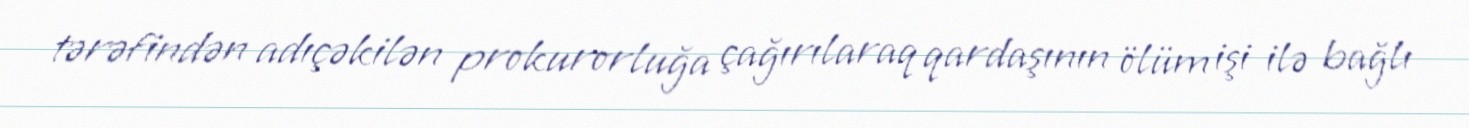
tərəfindən adıçəkilən prokurorluğa çağırılaraq qardaşının ölüm işi ilə bağlı